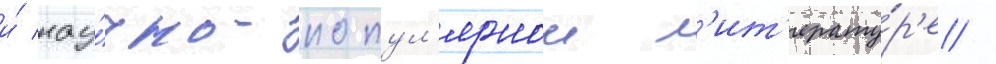
и́ нау́чно-попул'ярнои л'ит'ерату́р'е /